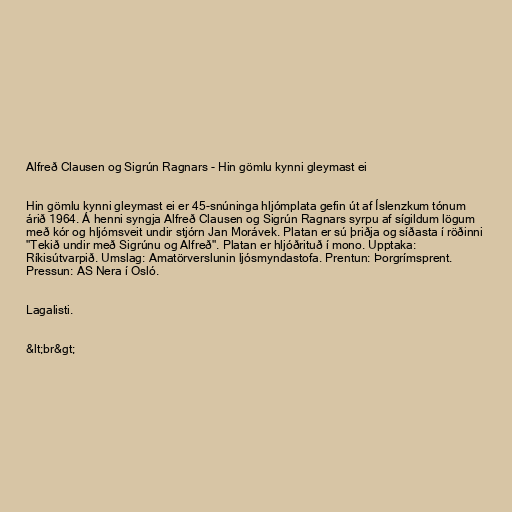
Alfreð Clausen og Sigrún Ragnars - Hin gömlu kynni gleymast ei

Hin gömlu kynni gleymast ei er 45-snúninga hljómplata gefin út af Íslenzkum tónum
árið 1964. Á henni syngja Alfreð Clausen og Sigrún Ragnars syrpu af sígildum lögum
með kór og hljómsveit undir stjórn Jan Morávek. Platan er sú þriðja og síðasta í röðinni
"Tekið undir með Sigrúnu og Alfreð". Platan er hljóðrituð í mono. Upptaka:
Ríkisútvarpið. Umslag: Amatörverslunin ljósmyndastofa. Prentun: Þorgrímsprent.
Pressun: AS Nera í Osló.

Lagalisti.

&lt;br&gt;